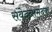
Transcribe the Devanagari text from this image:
संवेदनामंदक